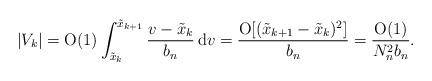
LaTeX: \begin{align*} |V_k|= \mathrm{O}(1)\int^{\tilde{x}_{k+1}}_{\tilde{x}_k}\frac{v-\tilde{x}_k}{b_n}\,\mathrm{d}v = \frac{\mathrm{O}[(\tilde{x}_{k+1}-\tilde{x}_{k})^2]}{b_n} = \frac{\mathrm{O}(1)}{N^2_n b_n}.\end{align*}